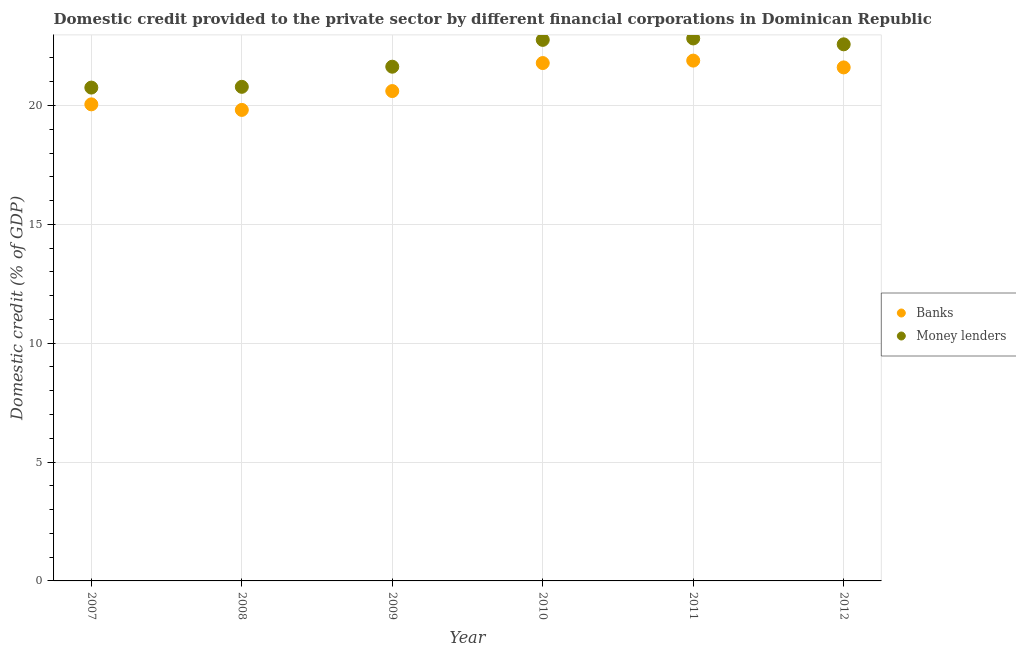
| Year | Banks | Money lenders |
 | --- | --- | --- |
 | 2007 | 20 | 20.8 |
 | 2008 | 19.8 | 20.8 |
 | 2009 | 20.6 | 21.6 |
 | 2010 | 21.8 | 22.8 |
 | 2011 | 21.9 | 22.8 |
 | 2012 | 21.6 | 22.6 |